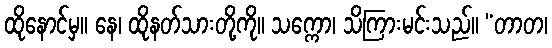
ထိုနောင်မှ။ နေ၊ ထိုနတ်သားတို့ကို။ သက္ကော၊ သိကြားမင်းသည်။ “တာတ၊